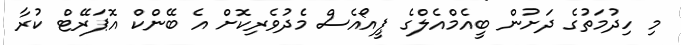
މި ހިދުމަތުގެ ދަށުން ބީއެމްއެލްގެ ޕީއޯއެސް މެދުވެރިކޮށް އެ ބޭންކް އޮޕަރޭޓް ކުރާ